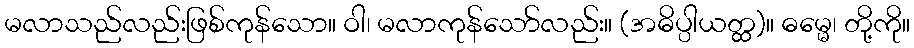
မလာသည်လည်းဖြစ်ကုန်သော။ ဝါ၊ မလာကုန်သော်လည်း။ (အဓိပ္ပါယတ္ထ)။ ဓမ္မေ၊ တို့ကို။